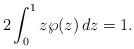
LaTeX: \begin{align*}2\int_0^1 z\wp(z)\,dz=1.\end{align*}